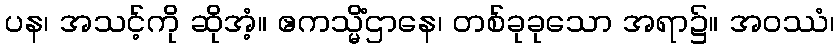
ပန၊ အသင့်ကို ဆိုအံ့။ ဧကသ္မိံဌာနေ၊ တစ်ခုခုသော အရာ၌။ အဝဿံ၊